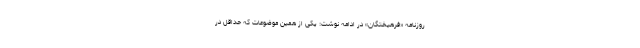
روزنامه «فرهیختگان» در ادامه نوشت: یکی از همین موضوعات که حداقل در